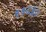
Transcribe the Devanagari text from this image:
२१८३०